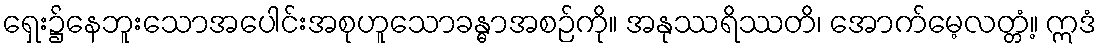
ရှေး၌နေဘူးသောအပေါင်းအစုဟူသောခန္ဓာအစဉ်ကို။ အနုဿရိဿတိ၊ အောက်မေ့လတ္တံ့။ ဣဒံ